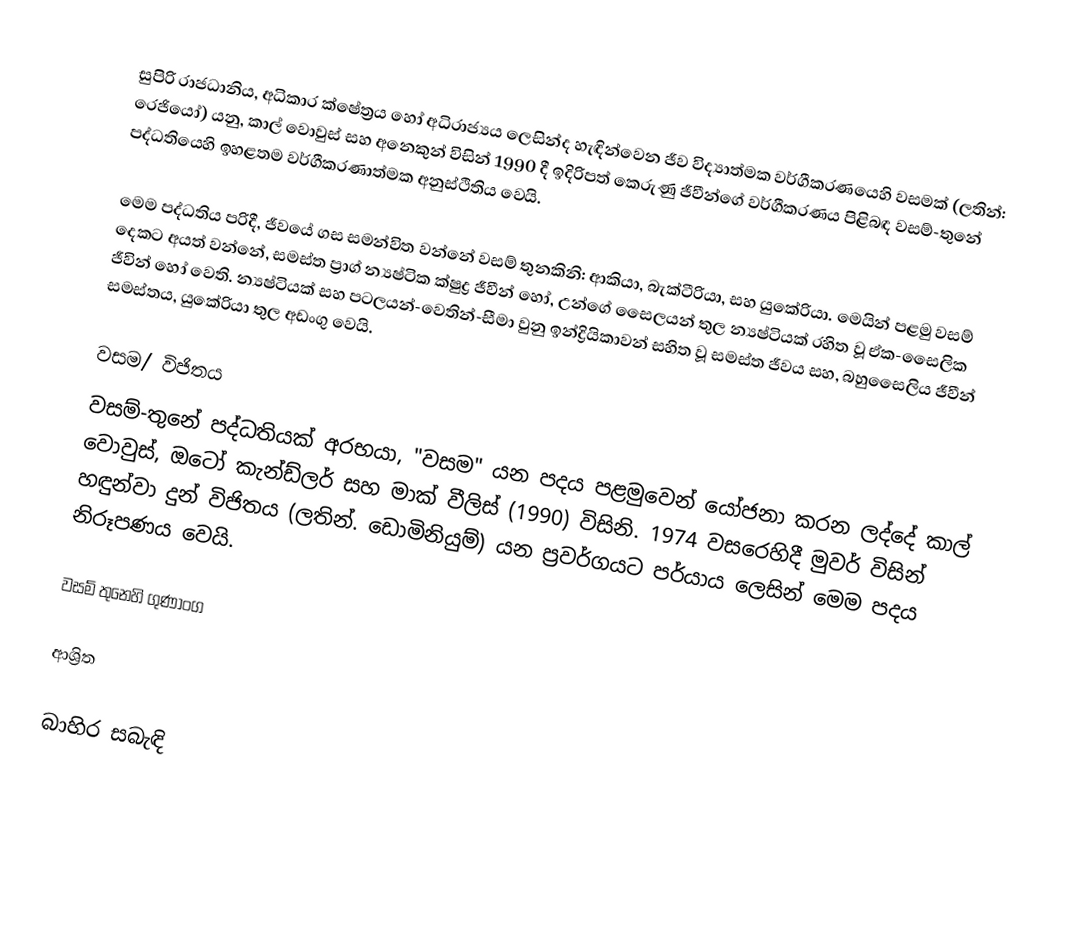
සුපිරි රාජධානිය, අධිකාර ක්ෂේත්‍රය හෝ අධිරාජ්‍යය ලෙසින්ද හැඳින්වෙන ජීව විද්‍යාත්මක වර්ගීකරණයෙහි වසමක් (ලතින්: රෙජියෝ) යනු,   කාල් වොවුස් සහ අනෙකුන් විසින් 1990 දී ඉදිරිපත් කෙරුණු    ජීවීන්ගේ වර්ගීකරණය පිළිබඳ වසම්-තුනේ පද්ධතියෙහි ඉහළතම වර්ගීකරණාත්මක අනුස්ථිතිය වෙයි.

මෙම පද්ධතිය පරිදී,  ජීවයේ ගස සමන්විත වන්නේ වසම් තුනකිනි: ආකියා, බැක්ටීරියා, සහ යුකේරියා.  මෙයින් පළමු වසම් දෙකට අයත් වන්නේ, සමස්ත ප්‍රාග් න්‍යෂ්ටික ක්ෂුද්‍ර ජීවීන් හෝ, උන්ගේ සෛලයන් තුල න්‍යෂ්ටියක් රහිත වූ ඒක-සෛලික ජීවින් හෝ වෙති. න්‍යෂ්ටියක් සහ පටලයන්-වෙතින්-සීමා වුනු ඉන්ද්‍රියිකාවන් සහිත වූ සමස්ත ජීවය සහ,  බහුසෛලිය ජීවීන්  සමස්තය, යුකේරියා තුල අඩංගු වෙයි.

වසම/ විජිතය
වසම්-තුනේ පද්ධතියක් අරභයා, "වසම" යන පදය පළමුවෙන් යෝජනා කරන ලද්දේ කාල් වොවුස්, ඔටෝ කැන්ඩ්ලර් සහ මාක් වීලිස් (1990) විසිනි. 1974 වසරෙහිදී මුවර් විසින් හඳුන්වා දුන් විජිතය (ලතින්. ඩොමිනියුම්) යන ප්‍රවර්ගයට පර්යාය ලෙසින් මෙම පදය නිරූපණය වෙයි.

වසම් තුනෙහි ගුණාංග

ආශ්‍රිත

බාහිර සබැඳි